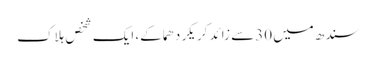
سندھ میں 30سے زائد کریکر دھماکے، ایک شخص ہلاک